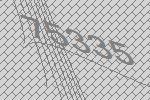
75335